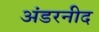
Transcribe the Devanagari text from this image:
अंडरनीद